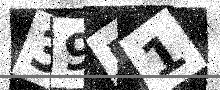
Text: 39E1